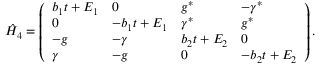
{ \hat { \cal H } } _ { 4 } = \left( \begin{array} { l l l l } { b _ { 1 } t + E _ { 1 } } & { 0 } & { g ^ { * } } & { - \gamma ^ { * } } \\ { 0 } & { - b _ { 1 } t + E _ { 1 } } & { \gamma ^ { * } } & { g ^ { * } } \\ { - g } & { - \gamma } & { b _ { 2 } t + E _ { 2 } } & { 0 } \\ { \gamma } & { - g } & { 0 } & { - b _ { 2 } t + E _ { 2 } } \end{array} \right) .